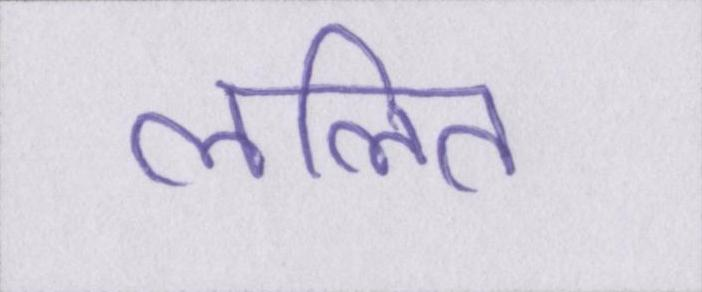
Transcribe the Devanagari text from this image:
ललित